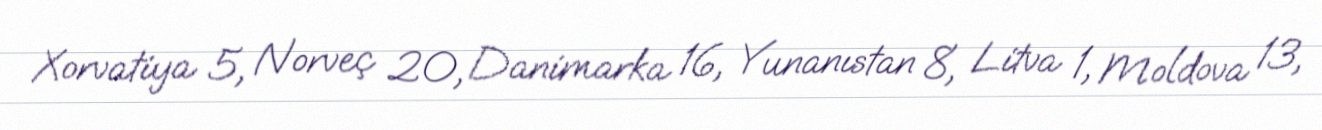
Xorvatiya 5, Norveç 20, Danimarka 16, Yunanıstan 8, Litva 1, Moldova 13,